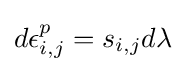
d\epsilon _{i,j}^{p}=s_{i,j}d{\lambda }